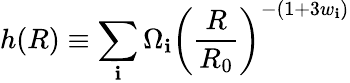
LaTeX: h(R)\equiv\sum_{\mathbf{i}}\Omega_{\mathbf{i}}\left(\frac{{R}}{{R_{0}}}\right)^{-(1+3w_{\mathbf{i}})}